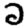
Digit: 2